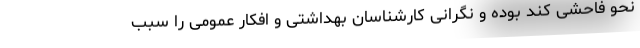
نحو فاحشی کند بوده و نگرانی کارشناسان بهداشتی و افکار عمومی را سبب